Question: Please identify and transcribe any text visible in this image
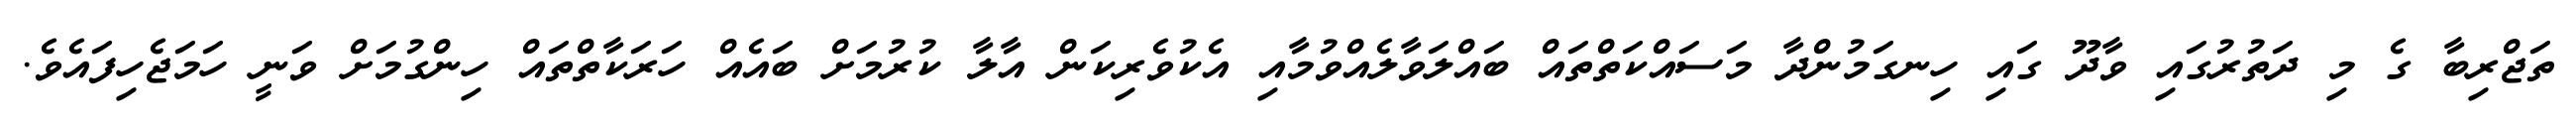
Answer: ތަޖްރިބާ ގެ މި ދަތުރުގައި ވާދޫ ގައި ހިނގަމުންދާ މަސައްކަތްތައް ބައްލަވާލެއްވުމާއި އެކުވެރިކަން އާލާ ކުރުމަށް ބައެއް ހަރަކާތްތައް ހިންގުމަށް ވަނީ ހަމަޖެހިފައެވެ.